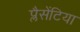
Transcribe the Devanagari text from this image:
प्लैसेंटिया